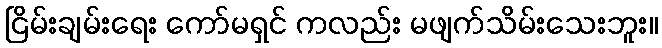
ငြိမ်းချမ်းရေး ကော်မရှင် ကလည်း မဖျက်သိမ်းသေးဘူး။